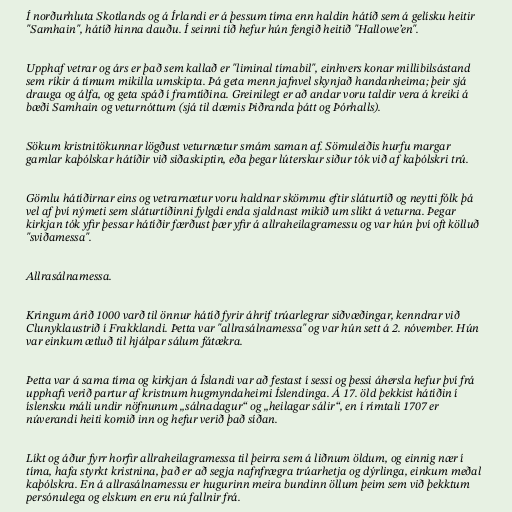
Í norðurhluta Skotlands og á Írlandi er á þessum tíma enn haldin hátíð sem á gelísku heitir
"Samhain", hátíð hinna dauðu. Í seinni tíð hefur hún fengið heitið "Hallowe’en".

Upphaf vetrar og árs er það sem kallað er "liminal tímabil", einhvers konar millibilsástand
sem ríkir á tímum mikilla umskipta. Þá geta menn jafnvel skynjað handanheima; þeir sjá
drauga og álfa, og geta spáð í framtíðina. Greinilegt er að andar voru taldir vera á kreiki á
bæði Samhain og veturnóttum (sjá til dæmis Þiðranda þátt og Þórhalls).

Sökum kristnitökunnar lögðust veturnætur smám saman af. Sömuleiðis hurfu margar
gamlar kaþólskar hátíðir við siðaskiptin, eða þegar lúterskur siður tók við af kaþólskri trú.

Gömlu hátíðirnar eins og vetrarnætur voru haldnar skömmu eftir sláturtíð og neytti fólk þá
vel af því nýmeti sem sláturtíðinni fylgdi enda sjaldnast mikið um slíkt á veturna. Þegar
kirkjan tók yfir þessar hátíðir færðust þær yfir á allraheilagramessu og var hún því oft kölluð
"sviðamessa".

Allrasálnamessa.

Kringum árið 1000 varð til önnur hátíð fyrir áhrif trúarlegrar siðvæðingar, kenndrar við
Clunyklaustrið í Frakklandi. Þetta var "allrasálnamessa" og var hún sett á 2. nóvember. Hún
var einkum ætluð til hjálpar sálum fátækra.

Þetta var á sama tíma og kirkjan á Íslandi var að festast í sessi og þessi áhersla hefur því frá
upphafi verið partur af kristnum hugmyndaheimi Íslendinga. Á 17. öld þekkist hátíðin í
íslensku máli undir nöfnunum „sálnadagur“ og „heilagar sálir“, en í rímtali 1707 er
núverandi heiti komið inn og hefur verið það síðan.

Líkt og áður fyrr horfir allraheilagramessa til þeirra sem á liðnum öldum, og einnig nær í
tíma, hafa styrkt kristnina, það er að segja nafnfrægra trúarhetja og dýrlinga, einkum meðal
kaþólskra. En á allrasálnamessu er hugurinn meira bundinn öllum þeim sem við þekktum
persónulega og elskum en eru nú fallnir frá.